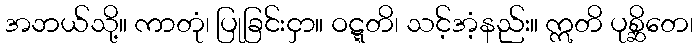
အဘယ်သို့။ ကာတုံ၊ ပြုခြင်းငှာ။ ဝဋ္ဋတိ၊ သင့်အံ့နည်း။ ဣတိ ပုစ္ဆိတေ၊